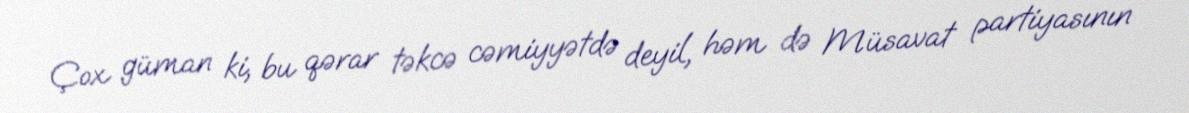
Çox güman ki, bu qərar təkcə cəmiyyətdə deyil, həm də Müsavat partiyasının